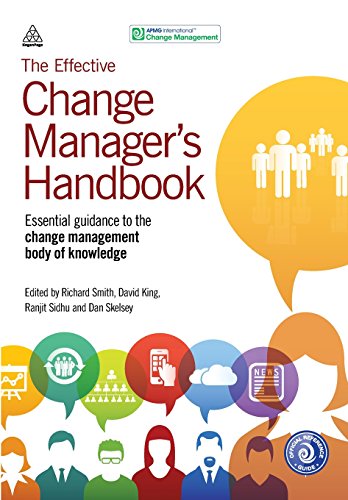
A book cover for The Effective Change Manager's Handbook: Essential Guidance to the Change Management Body of Knowledge; APMG; Business & Money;